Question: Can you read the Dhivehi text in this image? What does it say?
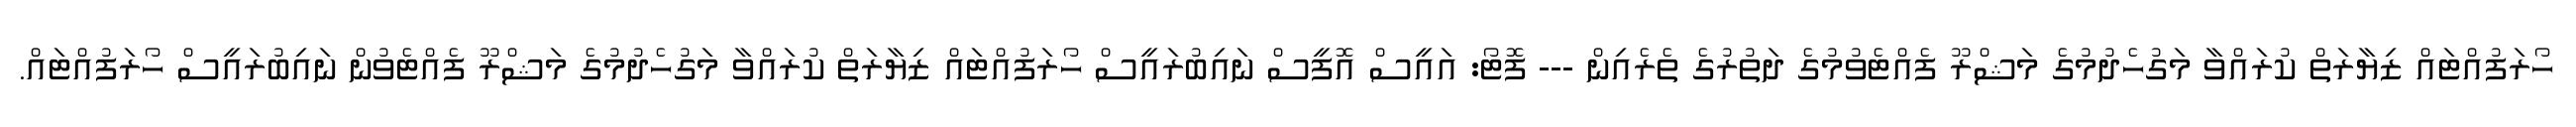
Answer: ހޯރަފުއްޓައް ޒިޔާރަތް ކުރައްވާ މަގުހެދުމުގެ މަޝްރޫ ފެއްޓެވުމުގެ ދަތުރުގެ ތެރެއިން --- ފޮޓޯ: އައީސް އޮފީސް ނައިބުރައީސް ހޯރަފުއްޓައް ޒިޔާރަތް ކުރައްވާ މަގުހެދުމުގެ މަޝްރޫ ފެއްޓެވުން ނައިބުރައީސް ހޯރަފުއްޓައް.